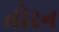
તોરન